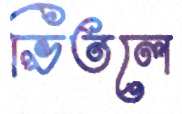
ভিতলে